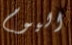
اليوم